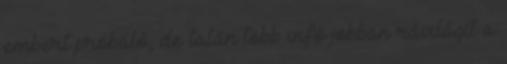
embert próbáló, de talán több infó jobban rávilágít a